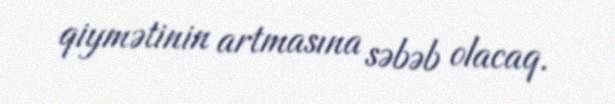
qiymətinin artmasına səbəb olacaq.